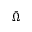
\bar { \Omega }